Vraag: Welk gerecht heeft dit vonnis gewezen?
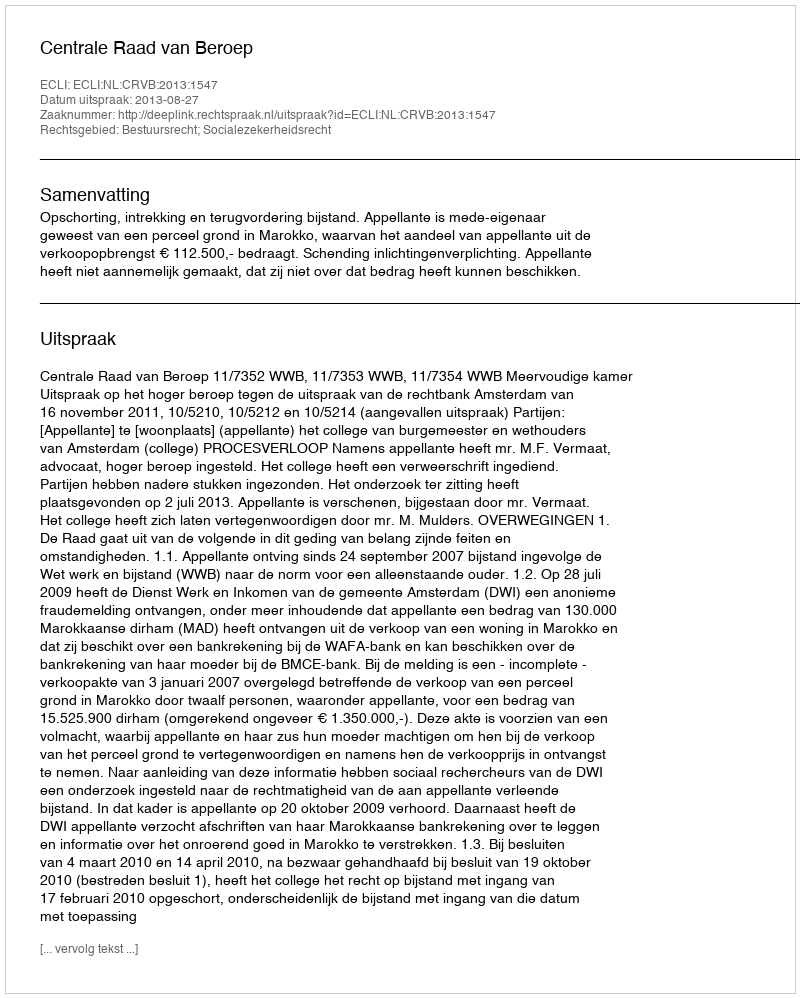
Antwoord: Centrale Raad van Beroep